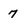
Character: 7